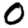
Digit: 0